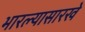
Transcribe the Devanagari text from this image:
भारल्यासारखे